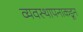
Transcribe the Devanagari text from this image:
व्यवस्थापनाकडून